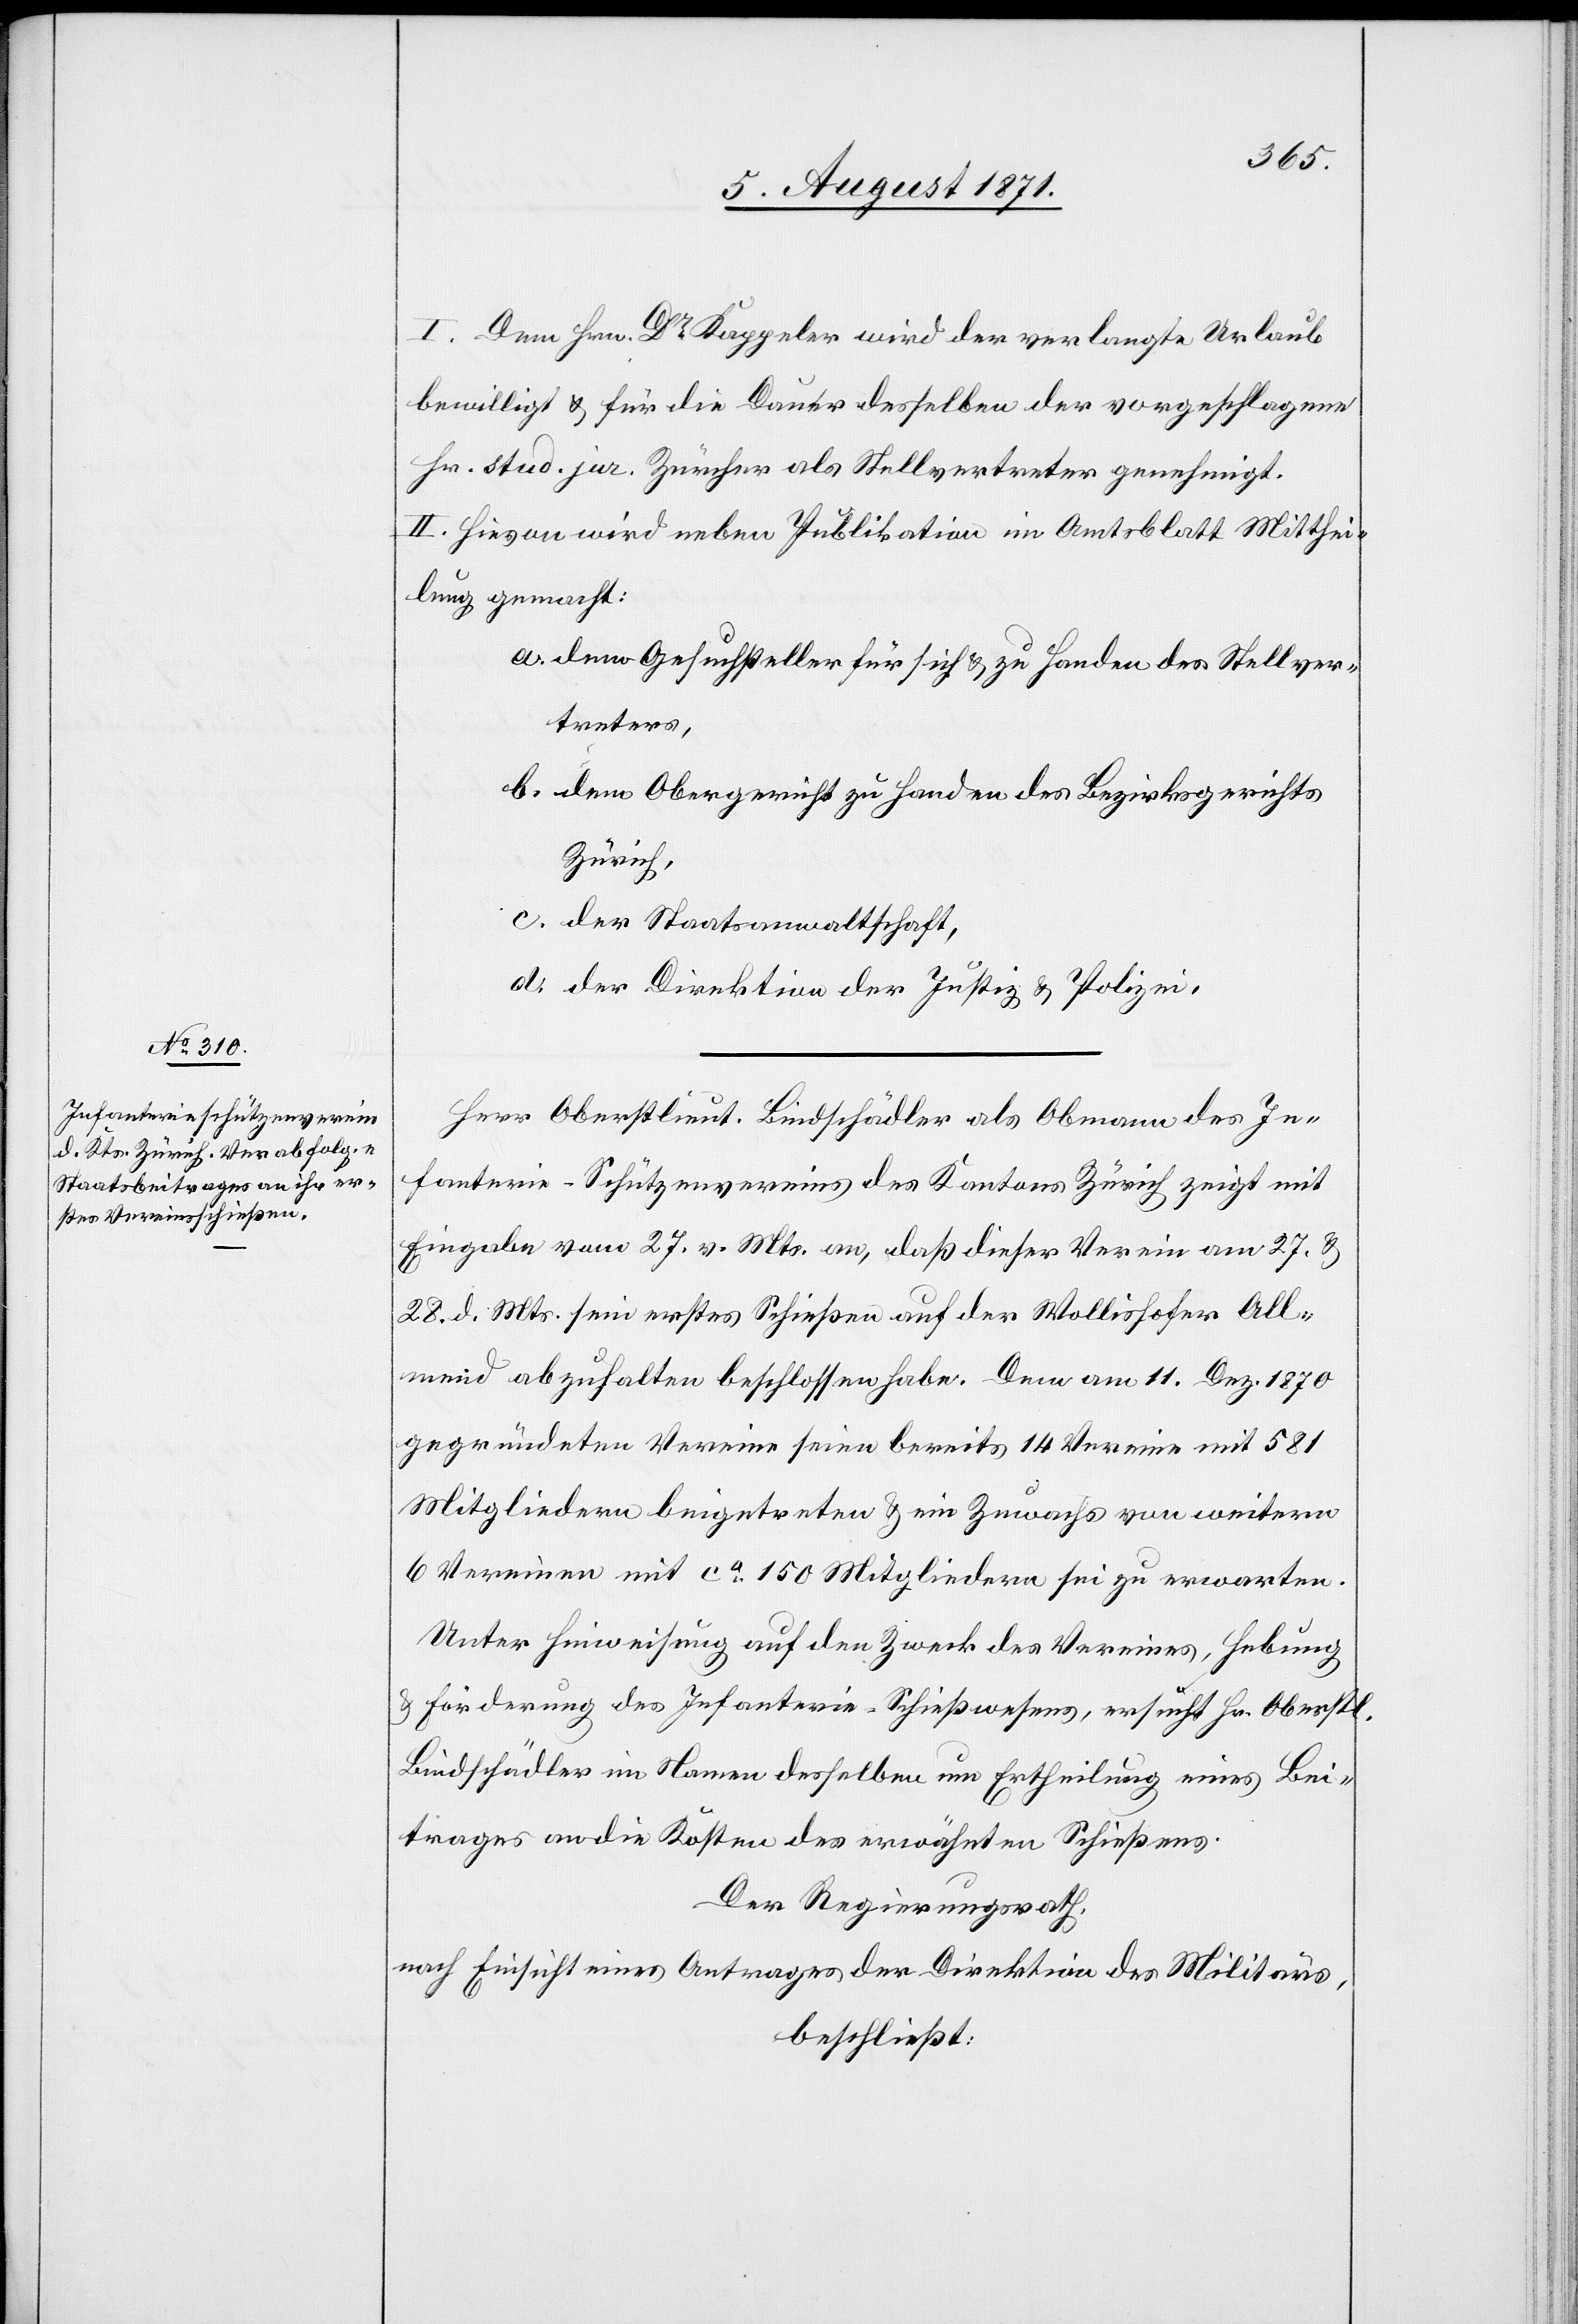
I. Dem Hrn. Dr. Kappeler wird der verlangte Urlaub
bewilligt u. für die Dauer desselben der vorgeschlagene
Hr. stud. jur. Zürcher als Stellvertreter genehmigt.
II. Hievon wird neben Publikation im Amtsblatt Mitthei¬
lung gemacht:
a. dem Gesuchsteller für sich u. zu Handen des Stellver¬
treters,
b. dem Obergericht zu Handen des Bezirksgerichts
Zürich,
c. der Staatsanwaltschaft,
d. der Direktion der Justiz u. Polizei.
Herr Oberstlieut. Bindschädler als Obmann des In¬
fanterie-Schützenvereins des Kantons Zürich zeigt mit
Eingabe vom 27. v. Mts. an, daß dieser Verein am 27. u.
28. d. Mts. sein erstes Schießen auf der Wollishofer All¬
mend abzuhalten beschlossen habe. Dem am 11. Dez 1870
gegründeten Vereine seien bereits 14 Vereine mit 581
Mitgliedern beigetreten u. ein Zuwachs von weitern
6 Vereinen mit ca. 150 Mitgliedern sei zu erwarten.
Unter Hinweisung auf den Zweck des Vereines, Hebung
Förderung des Infanterie-Schießwesens, ersucht Hr. Oberstl.
Bindschädler im Namen desselben um Ertheilung eines Bei¬
trages an die Kosten des erwähnten Schießens.
Der Regierungsrath,
nach Einsicht eines Antrages der Direktion des Militärs,
beschließt: